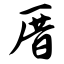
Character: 厝